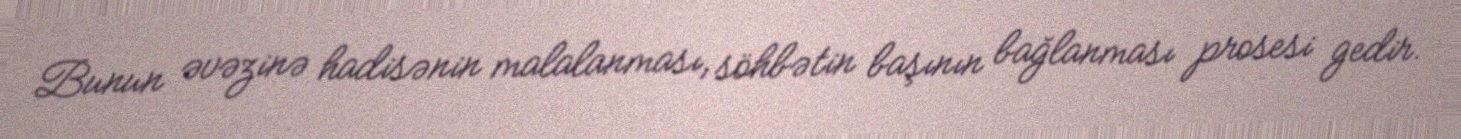
Bunun əvəzinə hadisənin malalanması, söhbətin başının bağlanması prosesi gedir.